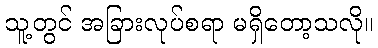
သူ့တွင် အခြားလုပ်စရာ မရှိတော့သလို။